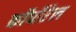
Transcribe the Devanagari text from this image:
कॉर्पोरेल